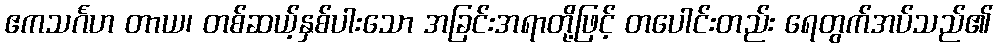
ဧကသင်္ဂဟ တာယ၊ တစ်ဆယ့်နှစ်ပါးသော အခြင်းအရာတို့ဖြင့် တပေါင်းတည်း ရေတွက်အပ်သည်၏